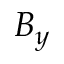
B _ { y }